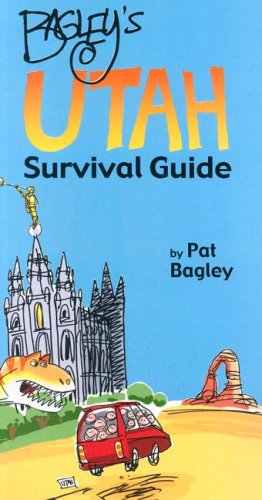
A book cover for Bagley's Utah Survival Guide; Pat Bagley; Travel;